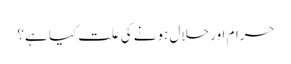
حرام اور حلال ہونے کی علت کیا ہے؟